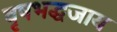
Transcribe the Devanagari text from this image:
वृषभद्धजाय